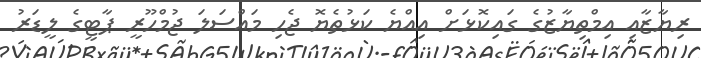
ރިޔާޒާއި އިމްތިޔާޒުގެ ގައިކޮޅަށް އިއްޔެ ކަޅުތެޔޮ ޖެހި މައްސަލަ ޖުމްހޫރީ ޕާޓީގެ ލީޑަރު